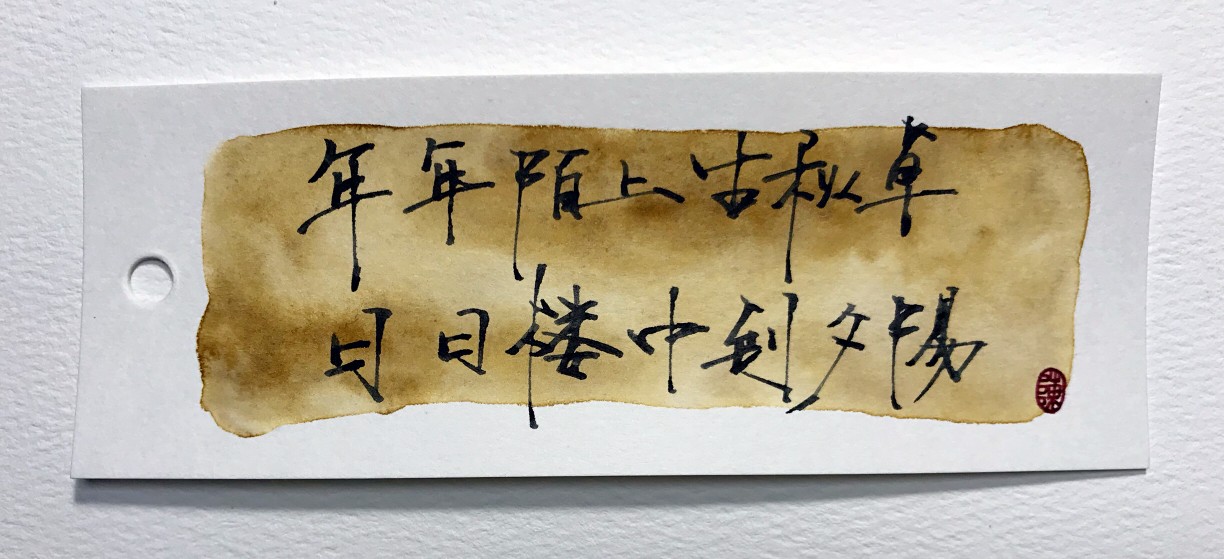
年年陌上生秋草，日日楼中到夕阳。